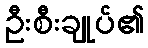
ဦးစီးချုပ်၏